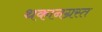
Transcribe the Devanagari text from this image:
थकानग्रस्त